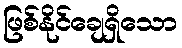
ဖြစ်နိုင်ချေရှိသော